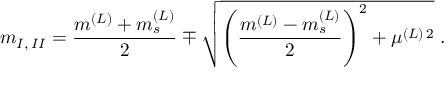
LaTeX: m _ { I , \, I I } = \frac { m ^ { ( L ) } + m _ { s } ^ { ( L ) } } { 2 } \mp \sqrt { \left( \frac { m ^ { ( L ) } - m _ { s } ^ { ( L ) } } { 2 } \right) ^ { 2 } + \mu ^ { ( L ) \, 2 } } \; .